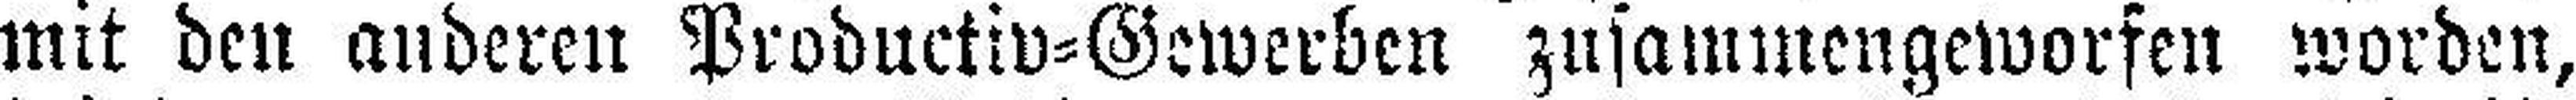
mit den anderen Productiv=Gewerben zusammengeworfen worden,